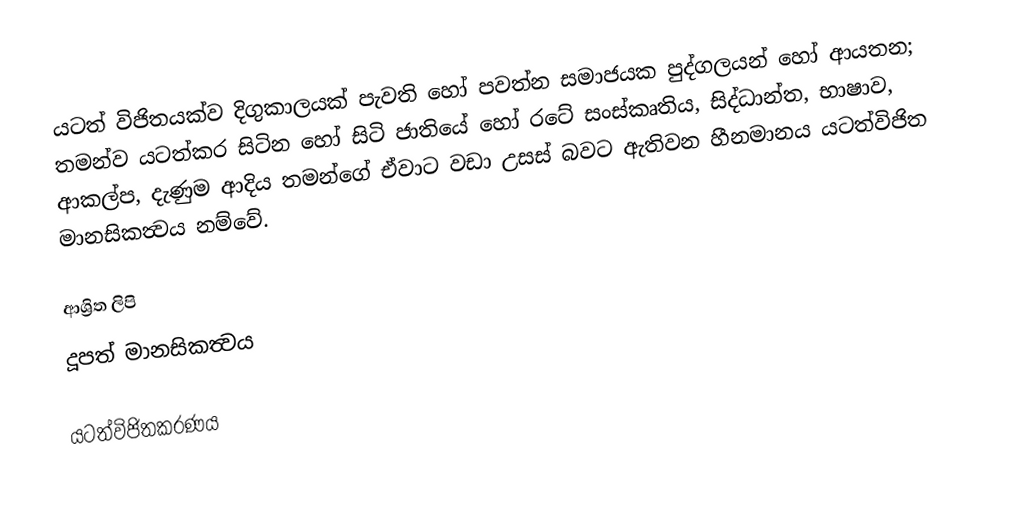
යටත් විජිතයක්ව දිගුකාලයක් පැවති හෝ පවත්න සමාජයක පුද්ගලයන් හෝ ආයතන; තමන්ව යටත්කර සිටින හෝ සිටි ජාතියේ හෝ රටේ සංස්කෘතිය, සිද්ධාන්ත, භාෂාව, ආකල්ප, දැණුම ආදිය තමන්ගේ ඒවාට වඩා උසස් බවට ඇතිවන හීනමානය යටත්විජිත මානසිකත්‍වය නම්වේ.

ආශ්‍රිත ලිපි
 දූපත් මානසිකත්‍වය

යටත්විජිතකරණය